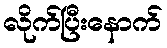
လိုက်ပြီးနောက်